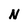
Character: N